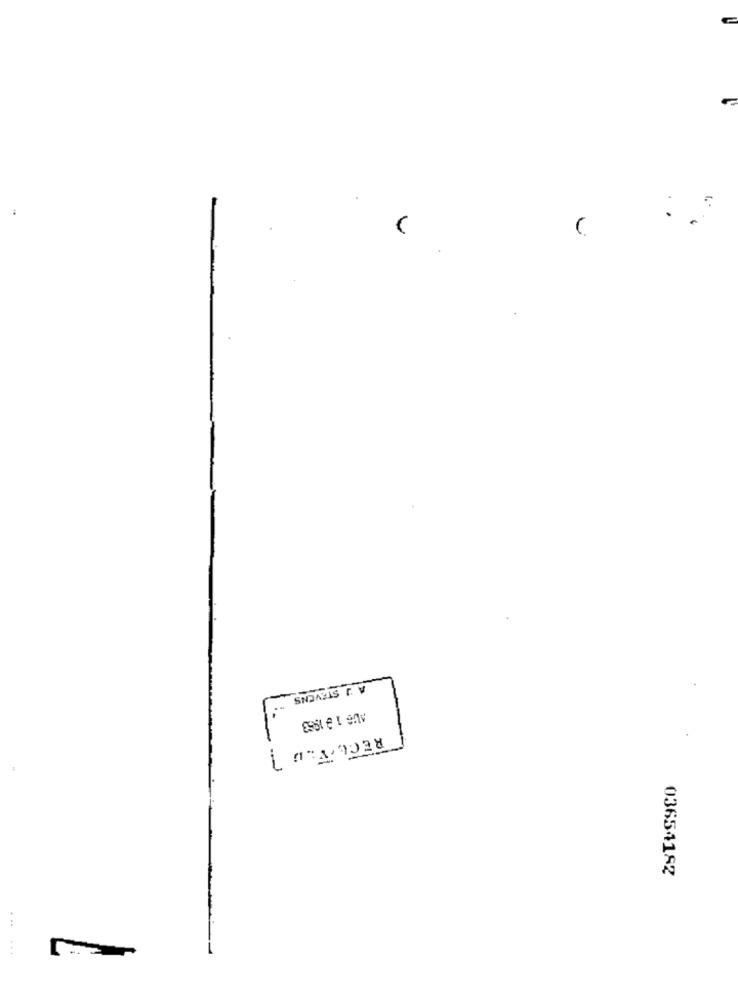
RECE .TLD
03654182